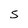
Character: s